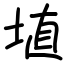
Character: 埴